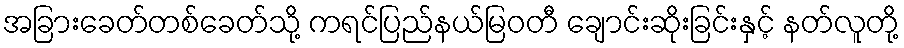
အခြားခေတ်တစ်ခေတ်သို့ ကရင်ပြည်နယ်မြဝတီ ချောင်းဆိုးခြင်းနှင့် နတ်လူတို့